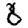
Digit: 8